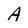
Character: A